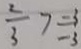
\frac { 2 } { 3 } > \frac { - 3 } { - 3 }